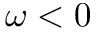
\omega < 0